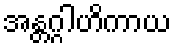
အန္တဂ္ဂါဟိကာယ